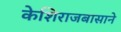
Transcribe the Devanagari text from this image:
केशिराजबासाने